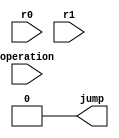
module comparator(r0, r1, operation, jump);
	input[15:0] r0, r1;
	input[1:0] operation;
	output reg jump;

	always@(*)
	begin
		if(operation=="00")
		begin
			if(r0<r1)
				jump = 1;
			else
				jump = 0;

		end
		else if(operation =="01")
		begin
			if(r0>r1)
				jump = 1;
			else
				jump = 0;
		end
		else if(operation =="10")
		begin
			if(r0==r1)
				jump =1;
			else
				jump =0;

		end
		else
		begin
			jump = 0;
		end
	end
endmodule